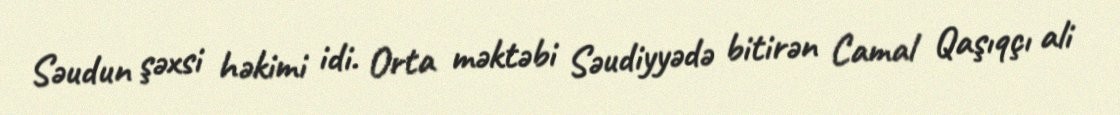
Səudun şəxsi həkimi idi. Orta məktəbi Səudiyyədə bitirən Camal Qaşıqçı ali